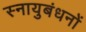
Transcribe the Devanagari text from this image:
स्नायुबंधनों